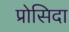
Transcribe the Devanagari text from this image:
प्रोसिदा